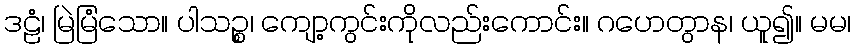
ဒဠံ၊ မြဲမြံသော။ ပါသဉ္စ၊ ကျော့ကွင်းကိုလည်းကောင်း။ ဂဟေတွာန၊ ယူ၍။ မမ၊